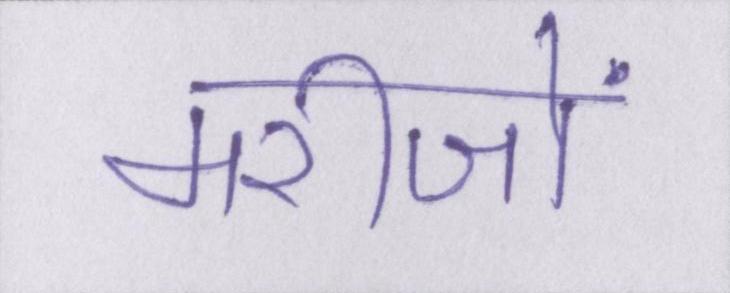
मरीजों